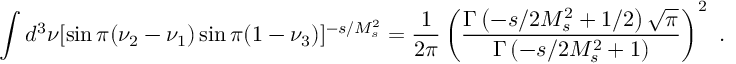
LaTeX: \int d ^ { 3 } \nu [ \sin \pi ( \nu _ { 2 } - \nu _ { 1 } ) \sin \pi ( 1 - \nu _ { 3 } ) ] ^ { - s / M _ { s } ^ { 2 } } = { \frac { 1 } { 2 \pi } } \left( { \frac { \Gamma \left( - s / 2 M _ { s } ^ { 2 } + 1 / 2 \right) \sqrt { \pi } } { \Gamma \left( - s / 2 M _ { s } ^ { 2 } + 1 \right) } } \right) ^ { 2 } \ .